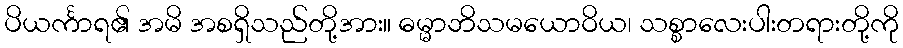
ပိယင်္ကာရ၏ အမိ အစရှိသည်တို့အား။ ဓမ္မာဘိသမယောဝိယ၊ သစ္စာလေးပါးတရားတို့ကို